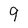
Character: 9